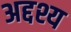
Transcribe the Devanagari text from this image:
अद्दश्य